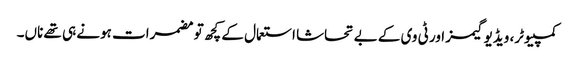
کمپیوٹر، ویڈیو گیمز اور ٹی وی کے بے تحاشا استعمال کے کچھ تو مضمرات ہونے ہی تھے ناں۔